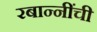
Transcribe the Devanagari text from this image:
रबान्नींची